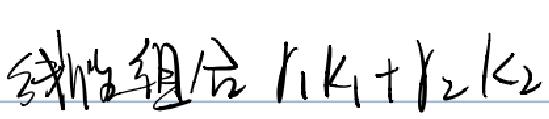
线性组合 $r_1k_1 + r_2k_2$